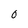
Character: 0